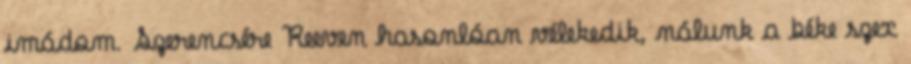
imádom. Szerencsére Reeven hasonlóan vélekedik, nálunk a béke szex